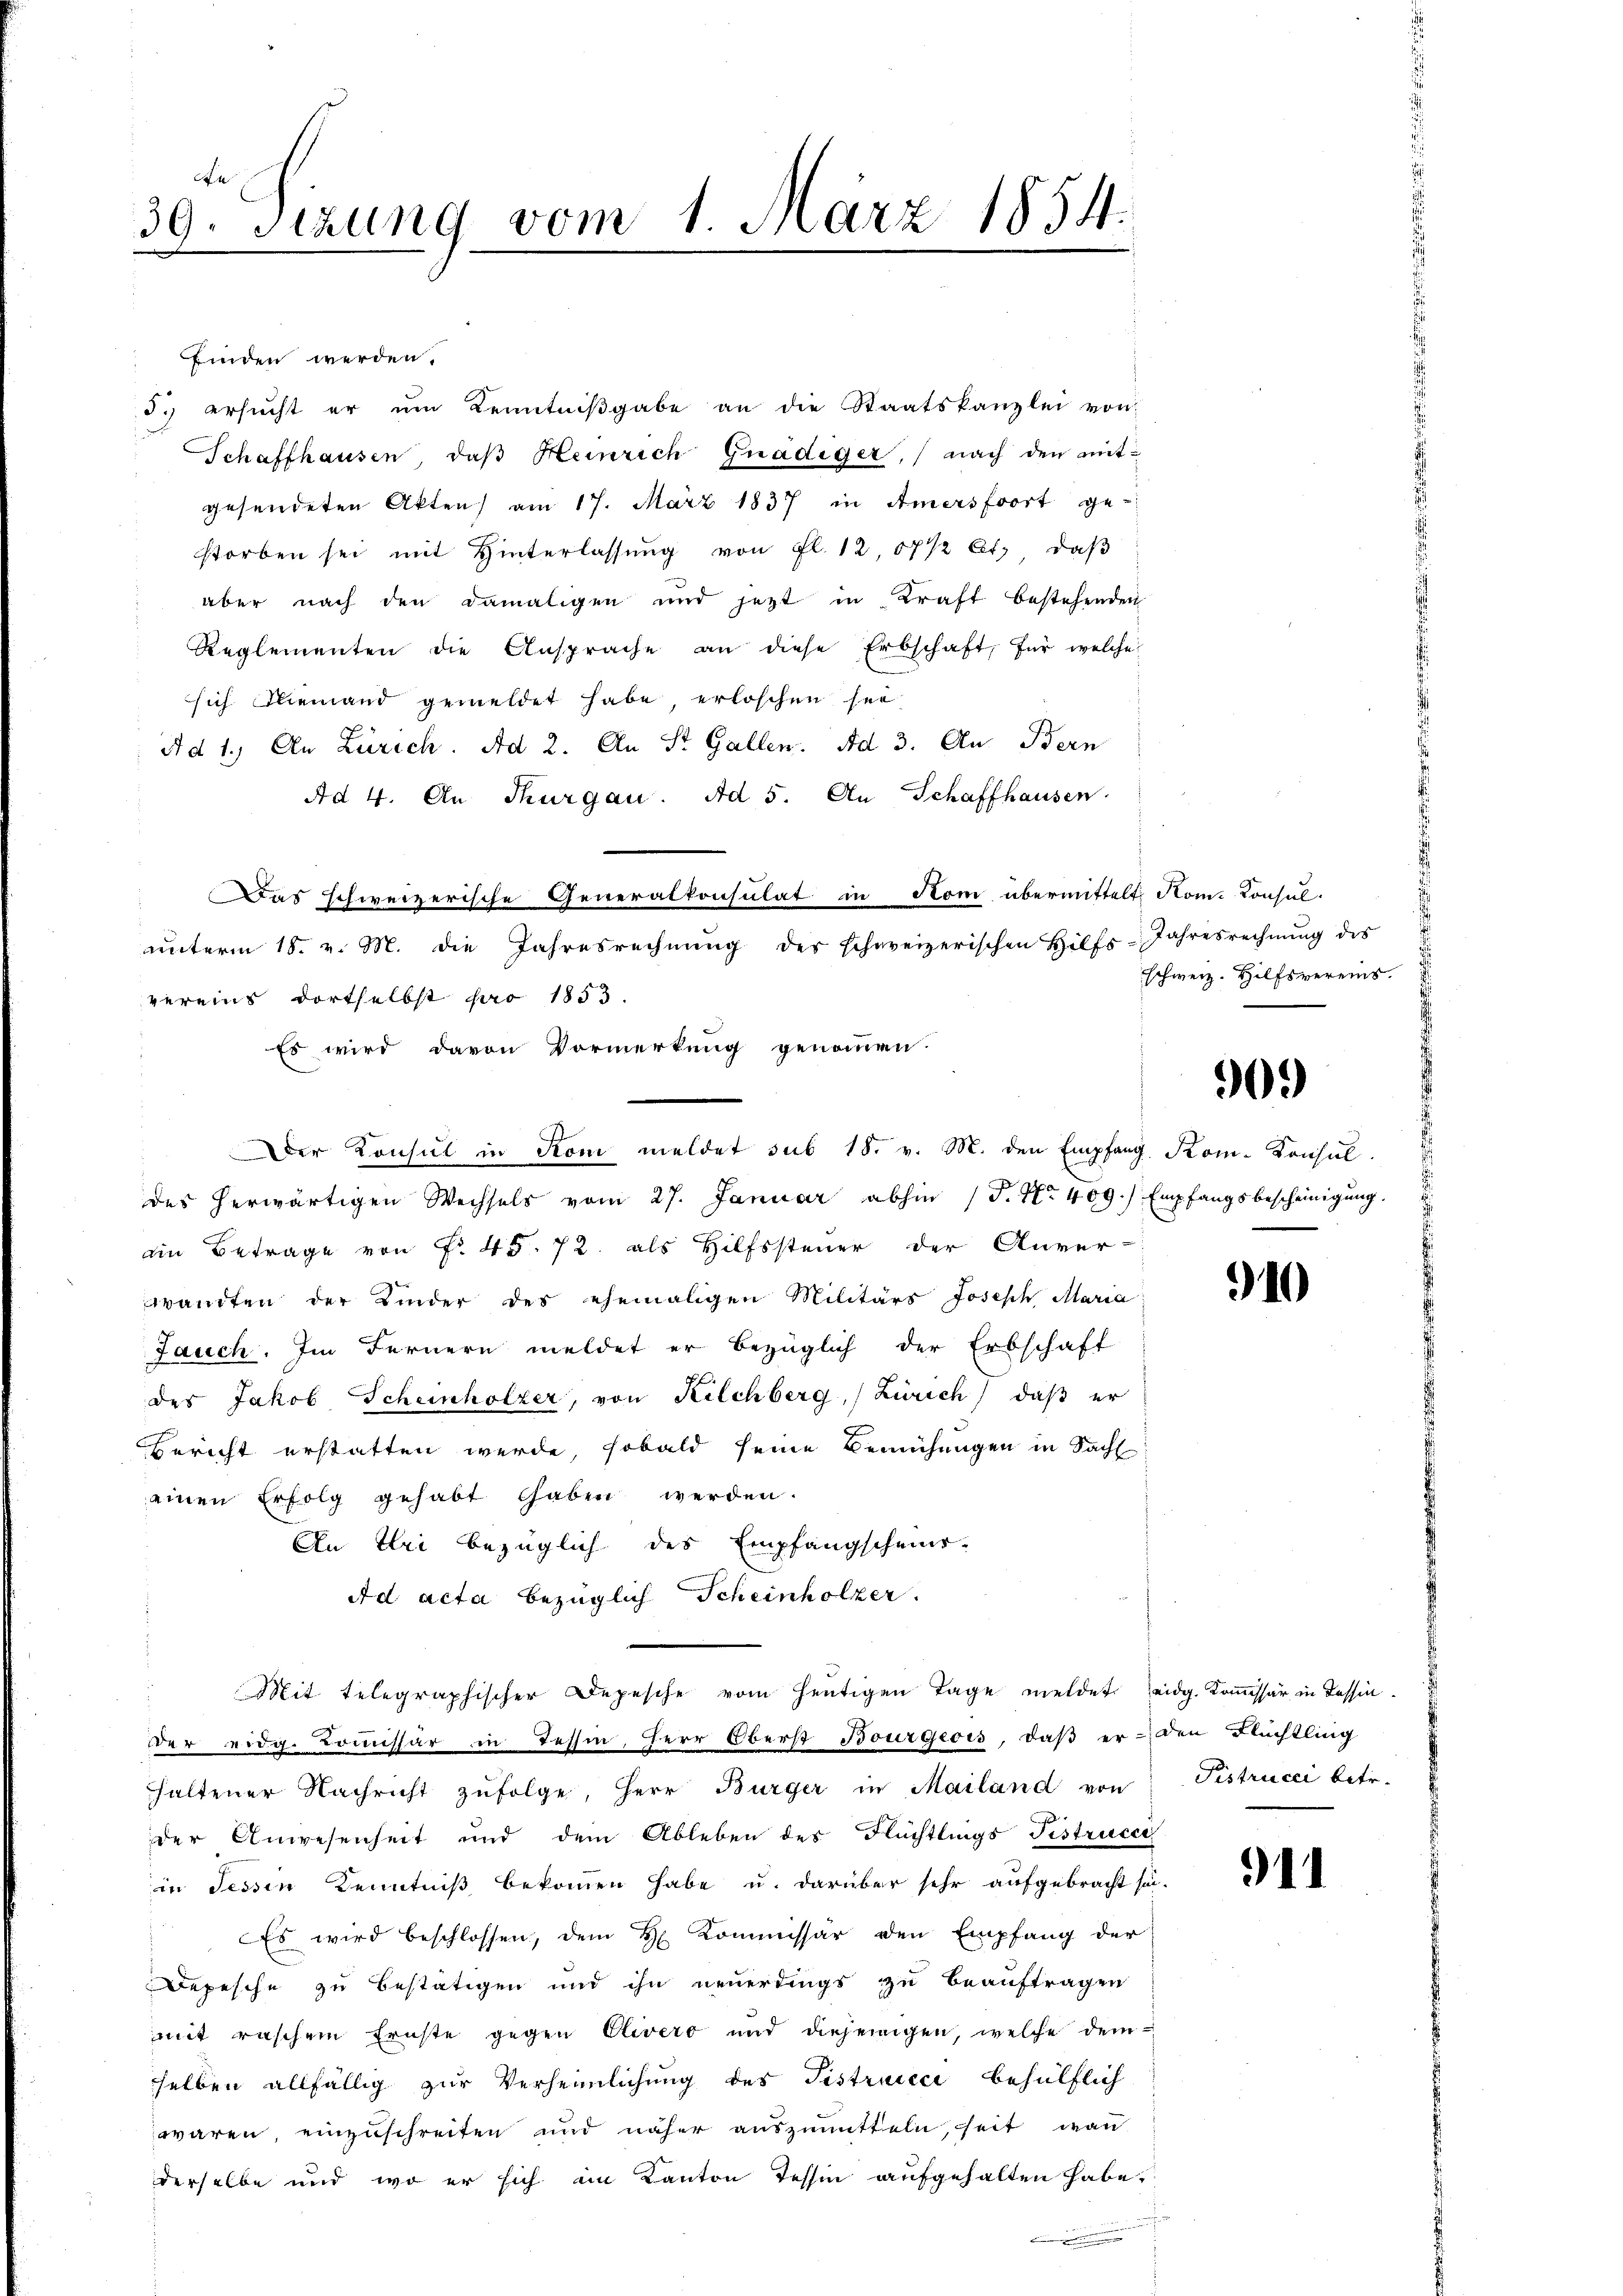
n
39. Sitzung vom 1. März 1854.

finden werden.
d. ersŭcht er ŭm Kenntniβgabe an die Staatskanzlei von
Schaffhausen, daß Heinrich Gnädiger, (nach den mitgesendeten Akten am 17. März 1837 in Amersfoort ge-
storben sei mit Hinterlassŭng von fl. 12, 17 1/2 Ct. daβ
aber nach den damaligen und jetzt in Kraft bestehenden
Reglementen die Ansprache an diese Erbschaft, für welche
sich Fliemand gemeldet habe erloschen sei,
Ad 1. An Zürich. Ad 2. An St. Gallen. Ad 3. Au- Bern
Ad 4. An Thurgau. Ad 5. An Schaffhausen
Das schweizerische Generalkonsulat in Rom übermittelt Rom. Consul-
vereins dortselbst pro 1853.
Es wird davon Vormerkung genommen.
des herwärtigen Wechsels vom 27. Januar abhin (T. No 409.) Empfangsbescheinigŭng.
ein Betrage von No 45. 72. als Hilfssteuer der Anver-
wandten der Kinder des ehemaligen Militärs Joseph Maria
Jauch. Im Fernern meldet er bezüglich der Erbschaft
des Jakob Schenhölzer, von Kilchberg, Zürich) daß er
Bericht erstatten werde, sobald seine Bemühungen in Sachl
einen Erfolg gehabt haben werden.
An Uri bezüglich des Empfangscheins-
Ad acta bezüglich Scheinhölzer.
Mit telegraphischer Depesche vom heutigen Tage meldet eidg. Kommissär in dessin
Der eidg. Commissär in Tessin, Herr Oberst Bourgeois, daß er den Flüchtling
haltener Nachricht zŭfolge, Herr Bürger in Mailand von
der Anwesenheit und dem Ableben des Flüchtlings Fistrucer
in dessen Kenntniß bekommen habe u. darüber sehr aufgebracht sei.
 Es wird beschlossen, dem H. Kommissär den Empfang der
Depesche zu bestätigen und ihn neuerdings zu beauftragen
mit raschem Ernste gegen Clevero und diejenigen, welche dem
selben allfällig zur Verheimlichung des Tistruicci behülflich
waren, einzuschreiten und näher auszumitteln, seit wan
derselbe und wo er sich im Kanton Tessin aufgehalten habe,
.

ŭnterm 18. v. M. die Jahresrechnŭng der schweizerischen Hilfs-Jahresrechnŭng des

Der Konsul in Rom meldet sub 15. v. M. den Empfang Rom. Konsul

schweiz. Hilfsvereins.

90.)

910

Pistrucci betr.

911